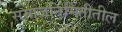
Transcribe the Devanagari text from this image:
समाजनिर्मितीतील